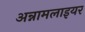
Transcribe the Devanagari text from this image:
अन्नामलाइयर